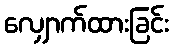
လျှောက်ထားခြင်း